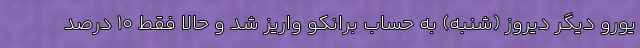
یورو دیگر دیروز (شنبه) به حساب برانکو واریز شد و حالا فقط ١٠ درصد